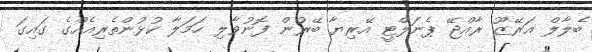
ބެލާލް އަރޭޒޫ ރާއްޖޭ ޕެނަލްޓީ އޭރިޔާ ބޭރުން ފޮނުވާލި ހަމަލާ ކުޅުންތެރިއެއްގެ ގައިގަ